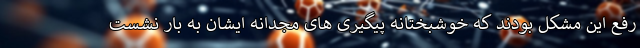
رفع این مشکل بودند که خوشبختانه پیگیری های مجدانه ایشان به بار نشست